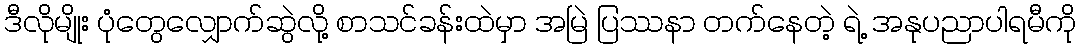
ဒီလိုမျိုး ပုံတွေလျှောက်ဆွဲလို့ စာသင်ခန်းထဲမှာ အမြဲ ပြဿနာ တက်နေတဲ့ ရဲ့ အနုပညာပါရမီကို